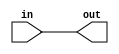
module coreir_andr #(
    parameter width = 1
) (
    input [width-1:0] in,
    output out
);
  assign out = &in;
endmodule

module And8x2 (
    input [1:0] I0,
    input [1:0] I1,
    input [1:0] I2,
    input [1:0] I3,
    input [1:0] I4,
    input [1:0] I5,
    input [1:0] I6,
    input [1:0] I7,
    output [1:0] O
);
wire andr_inst0_out;
wire andr_inst1_out;
wire [7:0] andr_inst0_in;
assign andr_inst0_in = {I7[0],I6[0],I5[0],I4[0],I3[0],I2[0],I1[0],I0[0]};
coreir_andr #(
    .width(8)
) andr_inst0 (
    .in(andr_inst0_in),
    .out(andr_inst0_out)
);
wire [7:0] andr_inst1_in;
assign andr_inst1_in = {I7[1],I6[1],I5[1],I4[1],I3[1],I2[1],I1[1],I0[1]};
coreir_andr #(
    .width(8)
) andr_inst1 (
    .in(andr_inst1_in),
    .out(andr_inst1_out)
);
assign O = {andr_inst1_out,andr_inst0_out};
endmodule